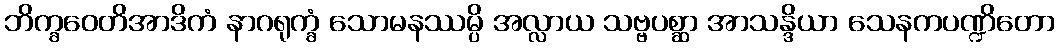
ဘိက္ခဝေတိအာဒိကံ နာဂရုက္ခံ သောမနဿမ္ပိ အလ္လာယ သဗ္ဗပစ္ဆာ အာသန္ဒိယာ သေနကပဏ္ဍိတော